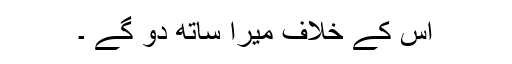
اس کے خلاف میرا ساتھ دو گے ۔